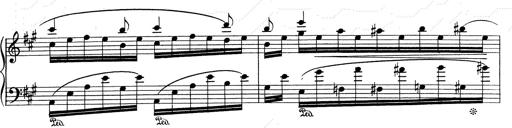
Title: RÃ©miniscences de Don Juan
Composer: Franz Liszt